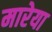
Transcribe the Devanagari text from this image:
मारेया